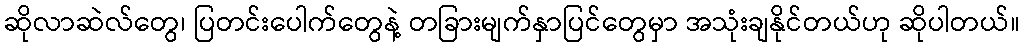
ဆိုလာဆဲလ်တွေ၊ ပြတင်းပေါက်တွေနဲ့ တခြားမျက်နှာပြင်တွေမှာ အသုံးချနိုင်တယ်ဟု ဆိုပါတယ်။